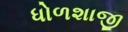
ધોળશાજી